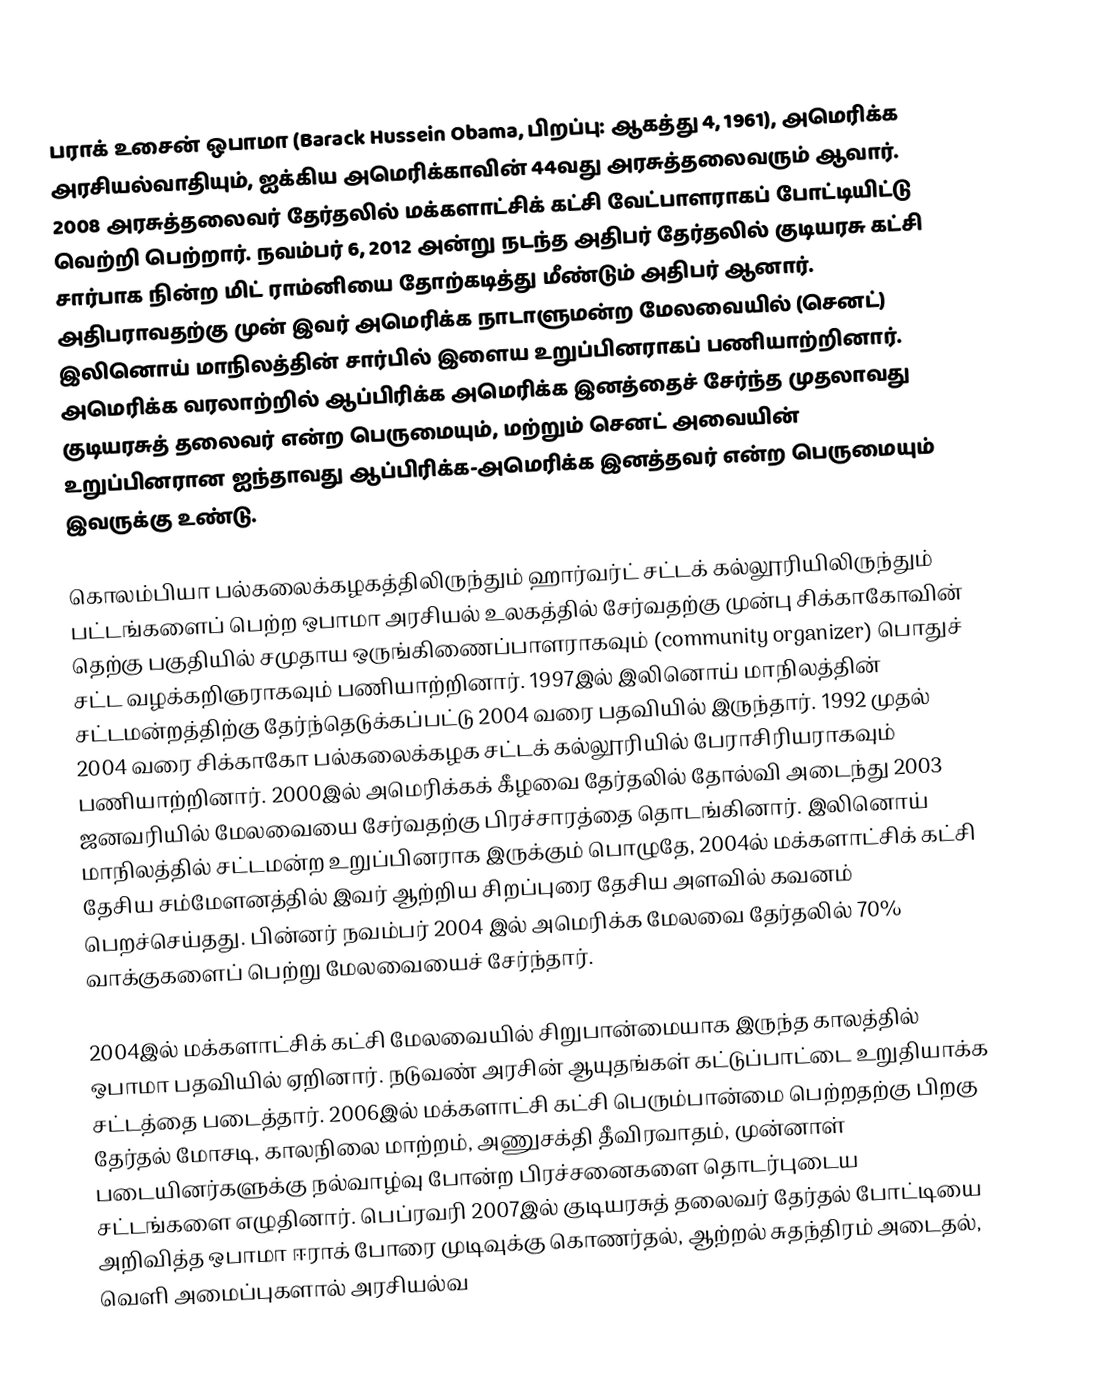
பராக் உசைன் ஒபாமா (Barack Hussein Obama, பிறப்பு: ஆகத்து 4, 1961), அமெரிக்க அரசியல்வாதியும், ஐக்கிய அமெரிக்காவின் 44வது அரசுத்தலைவரும் ஆவார். 2008 அரசுத்தலைவர் தேர்தலில் மக்களாட்சிக் கட்சி வேட்பாளராகப் போட்டியிட்டு வெற்றி பெற்றார். நவம்பர் 6, 2012 அன்று நடந்த அதிபர் தேர்தலில் குடியரசு கட்சி சார்பாக நின்ற மிட் ராம்னியை தோற்கடித்து மீண்டும் அதிபர் ஆனார். அதிபராவதற்கு முன் இவர் அமெரிக்க நாடாளுமன்ற மேலவையில் (செனட்) இலினொய் மாநிலத்தின் சார்பில் இளைய உறுப்பினராகப் பணியாற்றினார். அமெரிக்க வரலாற்றில் ஆப்பிரிக்க அமெரிக்க இனத்தைச் சேர்ந்த முதலாவது குடியரசுத் தலைவர் என்ற பெருமையும், மற்றும் செனட் அவையின் உறுப்பினரான ஐந்தாவது ஆப்பிரிக்க-அமெரிக்க இனத்தவர் என்ற பெருமையும் இவருக்கு உண்டு.

கொலம்பியா பல்கலைக்கழகத்திலிருந்தும் ஹார்வர்ட் சட்டக் கல்லூரியிலிருந்தும் பட்டங்களைப் பெற்ற ஒபாமா அரசியல் உலகத்தில் சேர்வதற்கு முன்பு சிக்காகோவின் தெற்கு பகுதியில் சமுதாய ஒருங்கிணைப்பாளராகவும் (community organizer) பொதுச் சட்ட வழக்கறிஞராகவும் பணியாற்றினார். 1997இல் இலினொய் மாநிலத்தின் சட்டமன்றத்திற்கு தேர்ந்தெடுக்கப்பட்டு 2004 வரை பதவியில் இருந்தார். 1992 முதல் 2004 வரை சிக்காகோ பல்கலைக்கழக சட்டக் கல்லூரியில் பேராசிரியராகவும் பணியாற்றினார். 2000இல் அமெரிக்கக் கீழவை தேர்தலில் தோல்வி அடைந்து 2003 ஜனவரியில் மேலவையை சேர்வதற்கு பிரச்சாரத்தை தொடங்கினார். இலினொய் மாநிலத்தில் சட்டமன்ற உறுப்பினராக இருக்கும் பொழுதே, 2004ல் மக்களாட்சிக் கட்சி தேசிய சம்மேளனத்தில் இவர் ஆற்றிய சிறப்புரை தேசிய அளவில் கவனம் பெறச்செய்தது. பின்னர் நவம்பர் 2004 இல் அமெரிக்க மேலவை தேர்தலில் 70% வாக்குகளைப் பெற்று மேலவையைச் சேர்ந்தார்.

2004இல் மக்களாட்சிக் கட்சி மேலவையில் சிறுபான்மையாக இருந்த காலத்தில் ஒபாமா பதவியில் ஏறினார். நடுவண் அரசின் ஆயுதங்கள் கட்டுப்பாட்டை உறுதியாக்க சட்டத்தை படைத்தார். 2006இல் மக்களாட்சி கட்சி பெரும்பான்மை பெற்றதற்கு பிறகு தேர்தல் மோசடி, காலநிலை மாற்றம், அணுசக்தி தீவிரவாதம், முன்னாள் படையினர்களுக்கு நல்வாழ்வு போன்ற பிரச்சனைகளை தொடர்புடைய சட்டங்களை எழுதினார். பெப்ரவரி 2007இல் குடியரசுத் தலைவர் தேர்தல் போட்டியை அறிவித்த ஒபாமா ஈராக் போரை முடிவுக்கு கொணர்தல், ஆற்றல் சுதந்திரம் அடைதல், வெளி அமைப்புகளால் அரசியல்வ